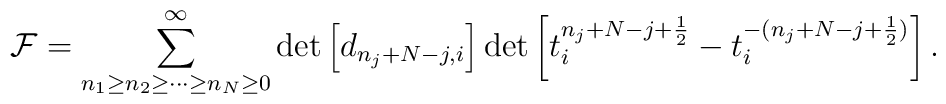
{\cal F} = \sum_{n_{1} \geq n_{2} \geq \cdots \geq n_{N} \geq 0}^{\infty}\det\left[d_{n_{j}+N-j,i}\right]\det\left[t_{i}^{n_{j}+N-j+\frac{1}{2}}-t_{i}^{-(n_{j}+N-j+\frac{1}{2})}\right].